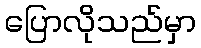
ပြောလိုသည်မှာ